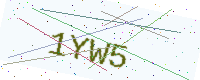
Text: 1YW5